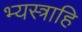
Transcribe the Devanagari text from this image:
भ्यस्त्राहि